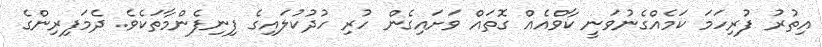
އިތުރު ފުރިހަމަ ކަމެއްގެނުވަނީ ކާވްއެއް ގޮތައް ވަށައިގެން ހުރި ހުދުކުލައިގެ ފިނިފެންމާތަކެވެ. ދެމަފިރިންގެ